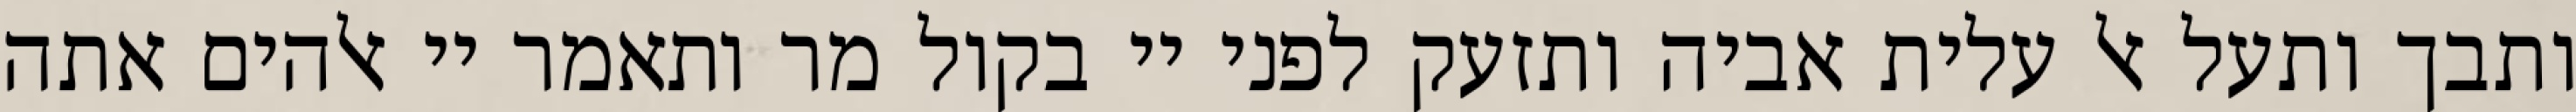
ותבך ותעל אל עלית אביה ותזעק לפני יי בקול מר ותאמר יי אלהים אתה